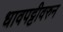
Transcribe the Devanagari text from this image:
धावपट्टीवरुन